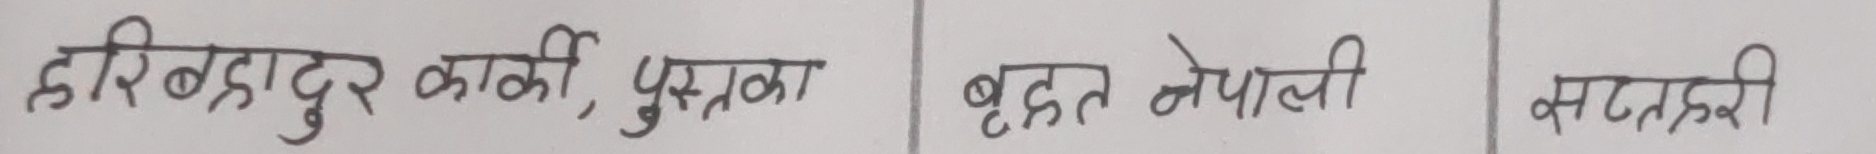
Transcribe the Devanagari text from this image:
हरिबहादुर कार्की, पुस्तक बृहत नेपाली सटनकरी